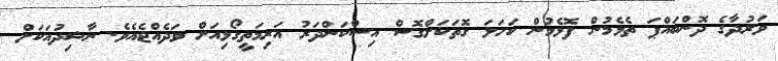
ވަރުދާގެ ދޮންބައްޕަ ތެޅެމުން ފޮޅެމުން ކަހަލަ ގޮތަކަށްގޮސް އިސްކަންދަރު އަރިމަތީގޯޅިއަށް ވަދެއްޖެއެވެ. ނާޝިދުއަކަށް